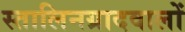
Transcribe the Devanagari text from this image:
स्तालिनग्रादवालों